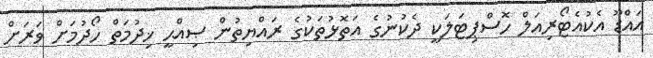
އައްޑޫ އެކުއެޓޯރިއަލް ހޮސްޕިޓަލަކީ ދެކުނުގެ އަތޮޅުތަކުގެ ރައްޔިތުން ޞިއްޙީ ޚިދުމަތް ހޯދުމަށް ވަރަށް